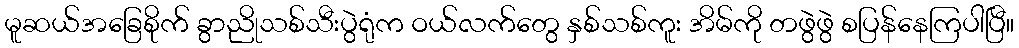
မူဆယ်အခြေစိုက် ခွာညိုသစ်သီးပွဲရုံက ဝယ်လက်တွေ နှစ်သစ်ကူး အိမ်ကို တဖွဲဖွဲ စပြန်နေကြပါပြီ။